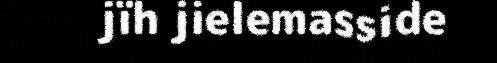
jïh jielemasside